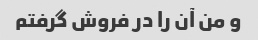
و من آن را در فروش گرفتم